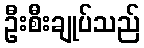
ဦးစီးချုပ်သည်